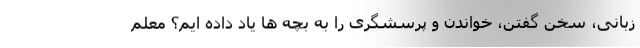
زبانی، سخن گفتن، خواندن و پرسشگری را به بچه ها یاد داده ایم؟ معلم